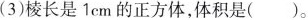
(3)棱长是1cm的正方体，体积是()。